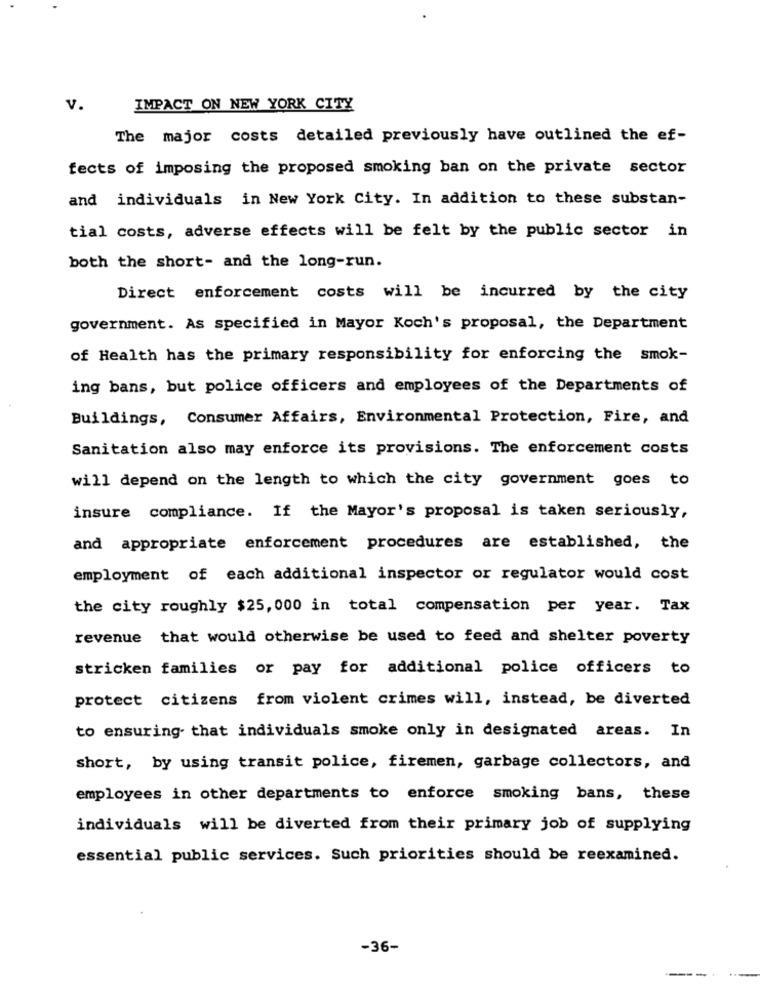
v.
IMPACT ON NEW YORK CITY
The major costs detailed previously have outlined the ef-
fects of imposing the proposed smoking ban on the private sector
and individuals in New York City. In addition to these substan-
tial costs, adverse effects will be felt by the public sector in
both the short- and the long-run.
Direct enforcement costs will be incurred by the city
government. As specified in Mayor Koch's proposal, the Department
of Health has the primary responsibility for enforcing the smok-
ing bans, but police officers and employees of the Departments of
Buildings, Consumer Affairs, Environmental Protection, Fire, and
Sanitation also may enforce its provisions. The enforcement costs
will depend on the length to which the city government goes to
insure compliance. If the Mayor's proposal is taken seriously,
and appropriate enforcement procedures are established, the
employment of each additional inspector or regulator would cost
the city roughly $25, 000 in total compensation per year. Tax
revenue that would otherwise be used to feed and shelter poverty
stricken families or pay for additional police officers to
protect citizens from violent crimes will, instead, be diverted
to ensuring that individuals smoke only in designated areas. In
short, by using transit police, firemen, garbage collectors, and
employees in other departments to enforce smoking bans, these
individuals will be diverted from their primary job of supplying
essential public services. Such priorities should be reexamined.
-36-
-----